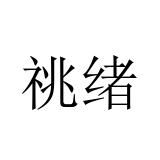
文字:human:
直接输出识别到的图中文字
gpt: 祧绪